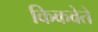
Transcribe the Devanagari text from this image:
किकवेते